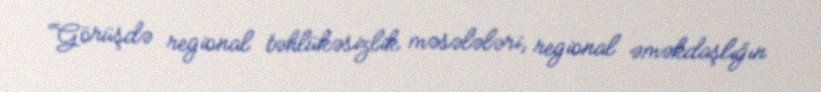
“Görüşdə regional təhlükəsizlik məsələləri, regional əməkdaşlığın